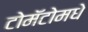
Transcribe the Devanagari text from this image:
टोमॅटोमधे